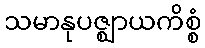
သမာနုပဇ္ဈာယကိစ္စံ